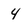
Character: 4